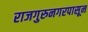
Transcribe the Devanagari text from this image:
राजगुरुनगरपासून